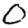
Digit: 0